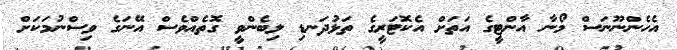
އެހެންނޫނަސް މޯނާ އާންޓީގެ އަތަށް އެކޮޓަރީގެ ތަޅުދަނޑި ލިބެންވީ ގޮތެއްވެސް އޭނަގެ ވިސްނުމަކަށް